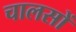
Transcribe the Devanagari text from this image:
चालसों